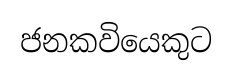
ජනකවියෙකුට